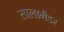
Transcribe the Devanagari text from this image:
सालामैंडर